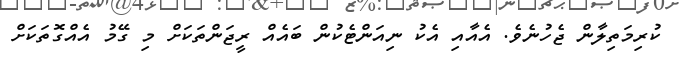
ކުރިމަތިލާން ޖެހުނެވެ. އެއާއި އެކު ނިއަންޓެކުން ބައެއް ރީޖަންތަކަށް މި ގޭމު އެއްގޮތަކަށް